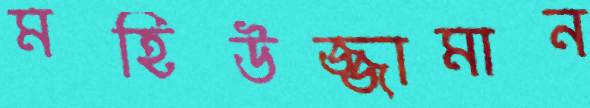
মহিউজ্জামান